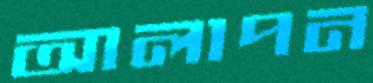
আলাপন